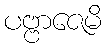
ပဗ္ဗာဇေမိ